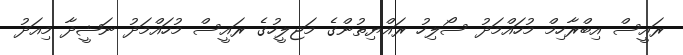
ރައީސް އިބްރާހިމް މުހައްމަދު ސޯލިހު ރައްޔިތުންގެ މަޖިލީހުގެ ރައީސް މުހައްމަދު ނަޝީދާ މިއަދު